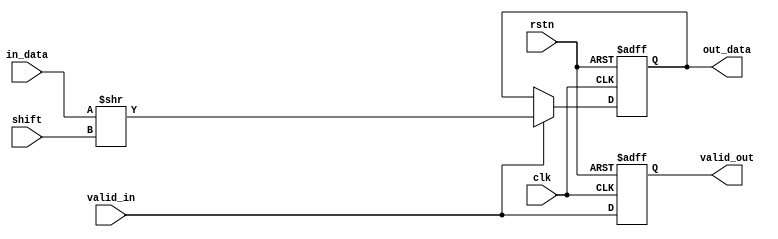
`timescale 1ns / 1ps
//////////////////////////////////////////////////////////////////////////////////
// Company: 
// Engineer: 
// 
// Design Name: 
// Module Name: right_shiftter32
// Project Name: 
// Target Devices: 
// Tool Versions: 
// Description: 
// 
// Dependencies: 
// 
// Revision:
// Revision 0.01 - File Created
// Additional Comments:
// 
//////////////////////////////////////////////////////////////////////////////////

module right_shifter32 // 1 CLOCK
(
    input           clk, rstn, valid_in,
    input   [7:0]   shift,
    input   [23:0]  in_data,
    output          valid_out,
    output  [23:0]  out_data
//    input           clk, rstn, valid_in_init,
//    input   [7:0]   shift_init,
//    input   [23:0]  inData_init,
//    output          valid_out,
//    output  [23:0]  out_data
);    
//    reg                  valid_in;
//    reg   [7:0]          shift;
//    reg   [23:0]         in_data;    
    
//    always @ (posedge clk or negedge rstn) begin
//        if (!rstn) begin
//            in_data         <=  'b0;
//            shift         <=  'b0;
//            valid_in    <=  'b0;
//        end
//        else begin
//            valid_in<=  valid_in_init;
//            if (valid_in_init) begin
//                in_data     <=  inData_init;
//                shift     <=  shift_init;
//            end
//            else begin
//                in_data     <=  in_data;
//                shift     <=  shift;
//            end
//        end
//    end


    reg             temp_valid_out;
    reg     [23:0]  temp_outData;
    
    always @ (posedge clk or negedge rstn) begin
        if (!rstn) begin
            temp_valid_out      <=  'b0;
            temp_outData        <=  'b0;            
        end
        else begin
            temp_valid_out      <=  valid_in;
            if (valid_in) begin
                temp_outData    <=  in_data >> shift;
            end
            else begin
                temp_outData    <=  temp_outData;
            end
        end
    end
    
    assign  valid_out       =   temp_valid_out;
    assign  out_data         =   temp_outData;
    
endmodule